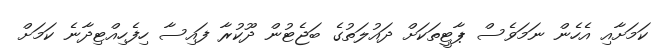
ކަމަށާއި އެހެން ނަމަވެސް ޕާޓީތަކަށް ދައުލަތުގެ ބަޖެޓުން ދޫކުރާ ފައިސާ ހިފެހިއްޓިދާނެ ކަމަށް